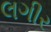
લગીર